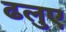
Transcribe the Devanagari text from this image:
ढलुए